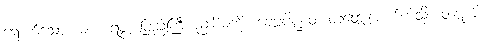
ရောက်သော။ မဟာရဇ္ဇံ၊ ပြည်ကြီးစည်းစိမ်ကို။ ခေဠပိဏ္ဍံဝ၊ တံတွေးပေါက်ကဲ့သို့။ ထဋ္ဋယိ၊